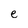
Character: e